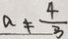
a \neq \frac { 4 } { 3 }